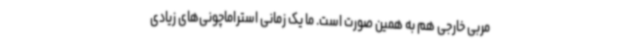
مربی خارجی هم به همین صورت است. ما یک زمانی استراماچونی‌های زیادی